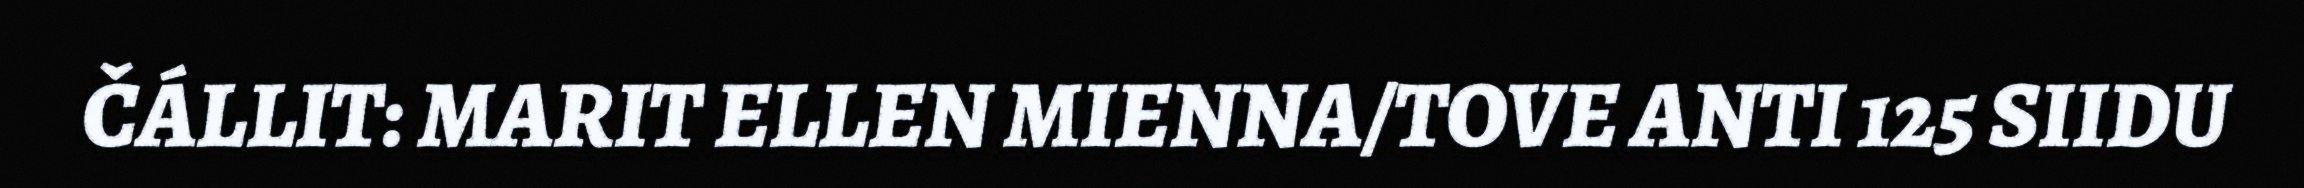
ČÁLLIT: MARIT ELLEN MIENNA/TOVE ANTI 125 SIIDU